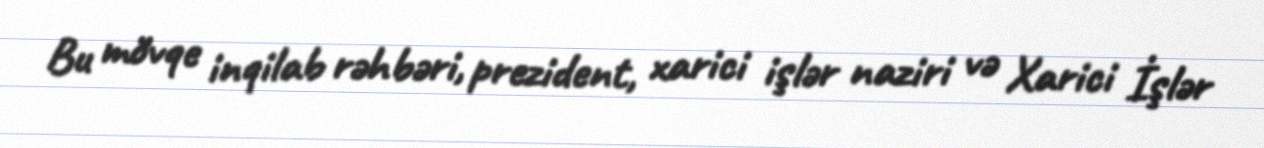
Bu mövqe inqilab rəhbəri, prezident, xarici işlər naziri və Xarici İşlər